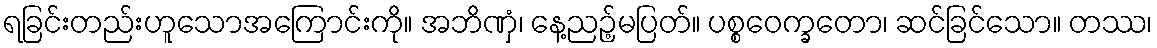
ရခြင်းတည်းဟူသောအကြောင်းကို။ အဘိဏှံ၊ နေ့ညဉ့်မပြတ်။ ပစ္စဝေက္ခတော၊ ဆင်ခြင်သော။ တဿ၊